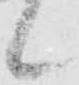
候